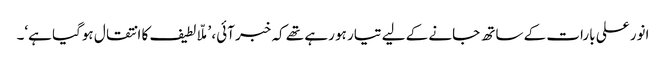
انور علی بارات کے ساتھ جانے کے لیے تیار ہو رہے تھے کہ خبر آئی، ’ملّا لطیف کا انتقال ہوگیا ہے‘۔